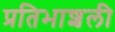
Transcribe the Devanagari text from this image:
प्रतिभाशली